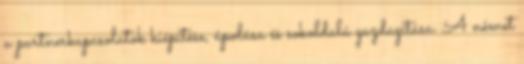
a partnerkapcsolatok kiépítése, ápolása és sokoldalú gazdagítása. A német